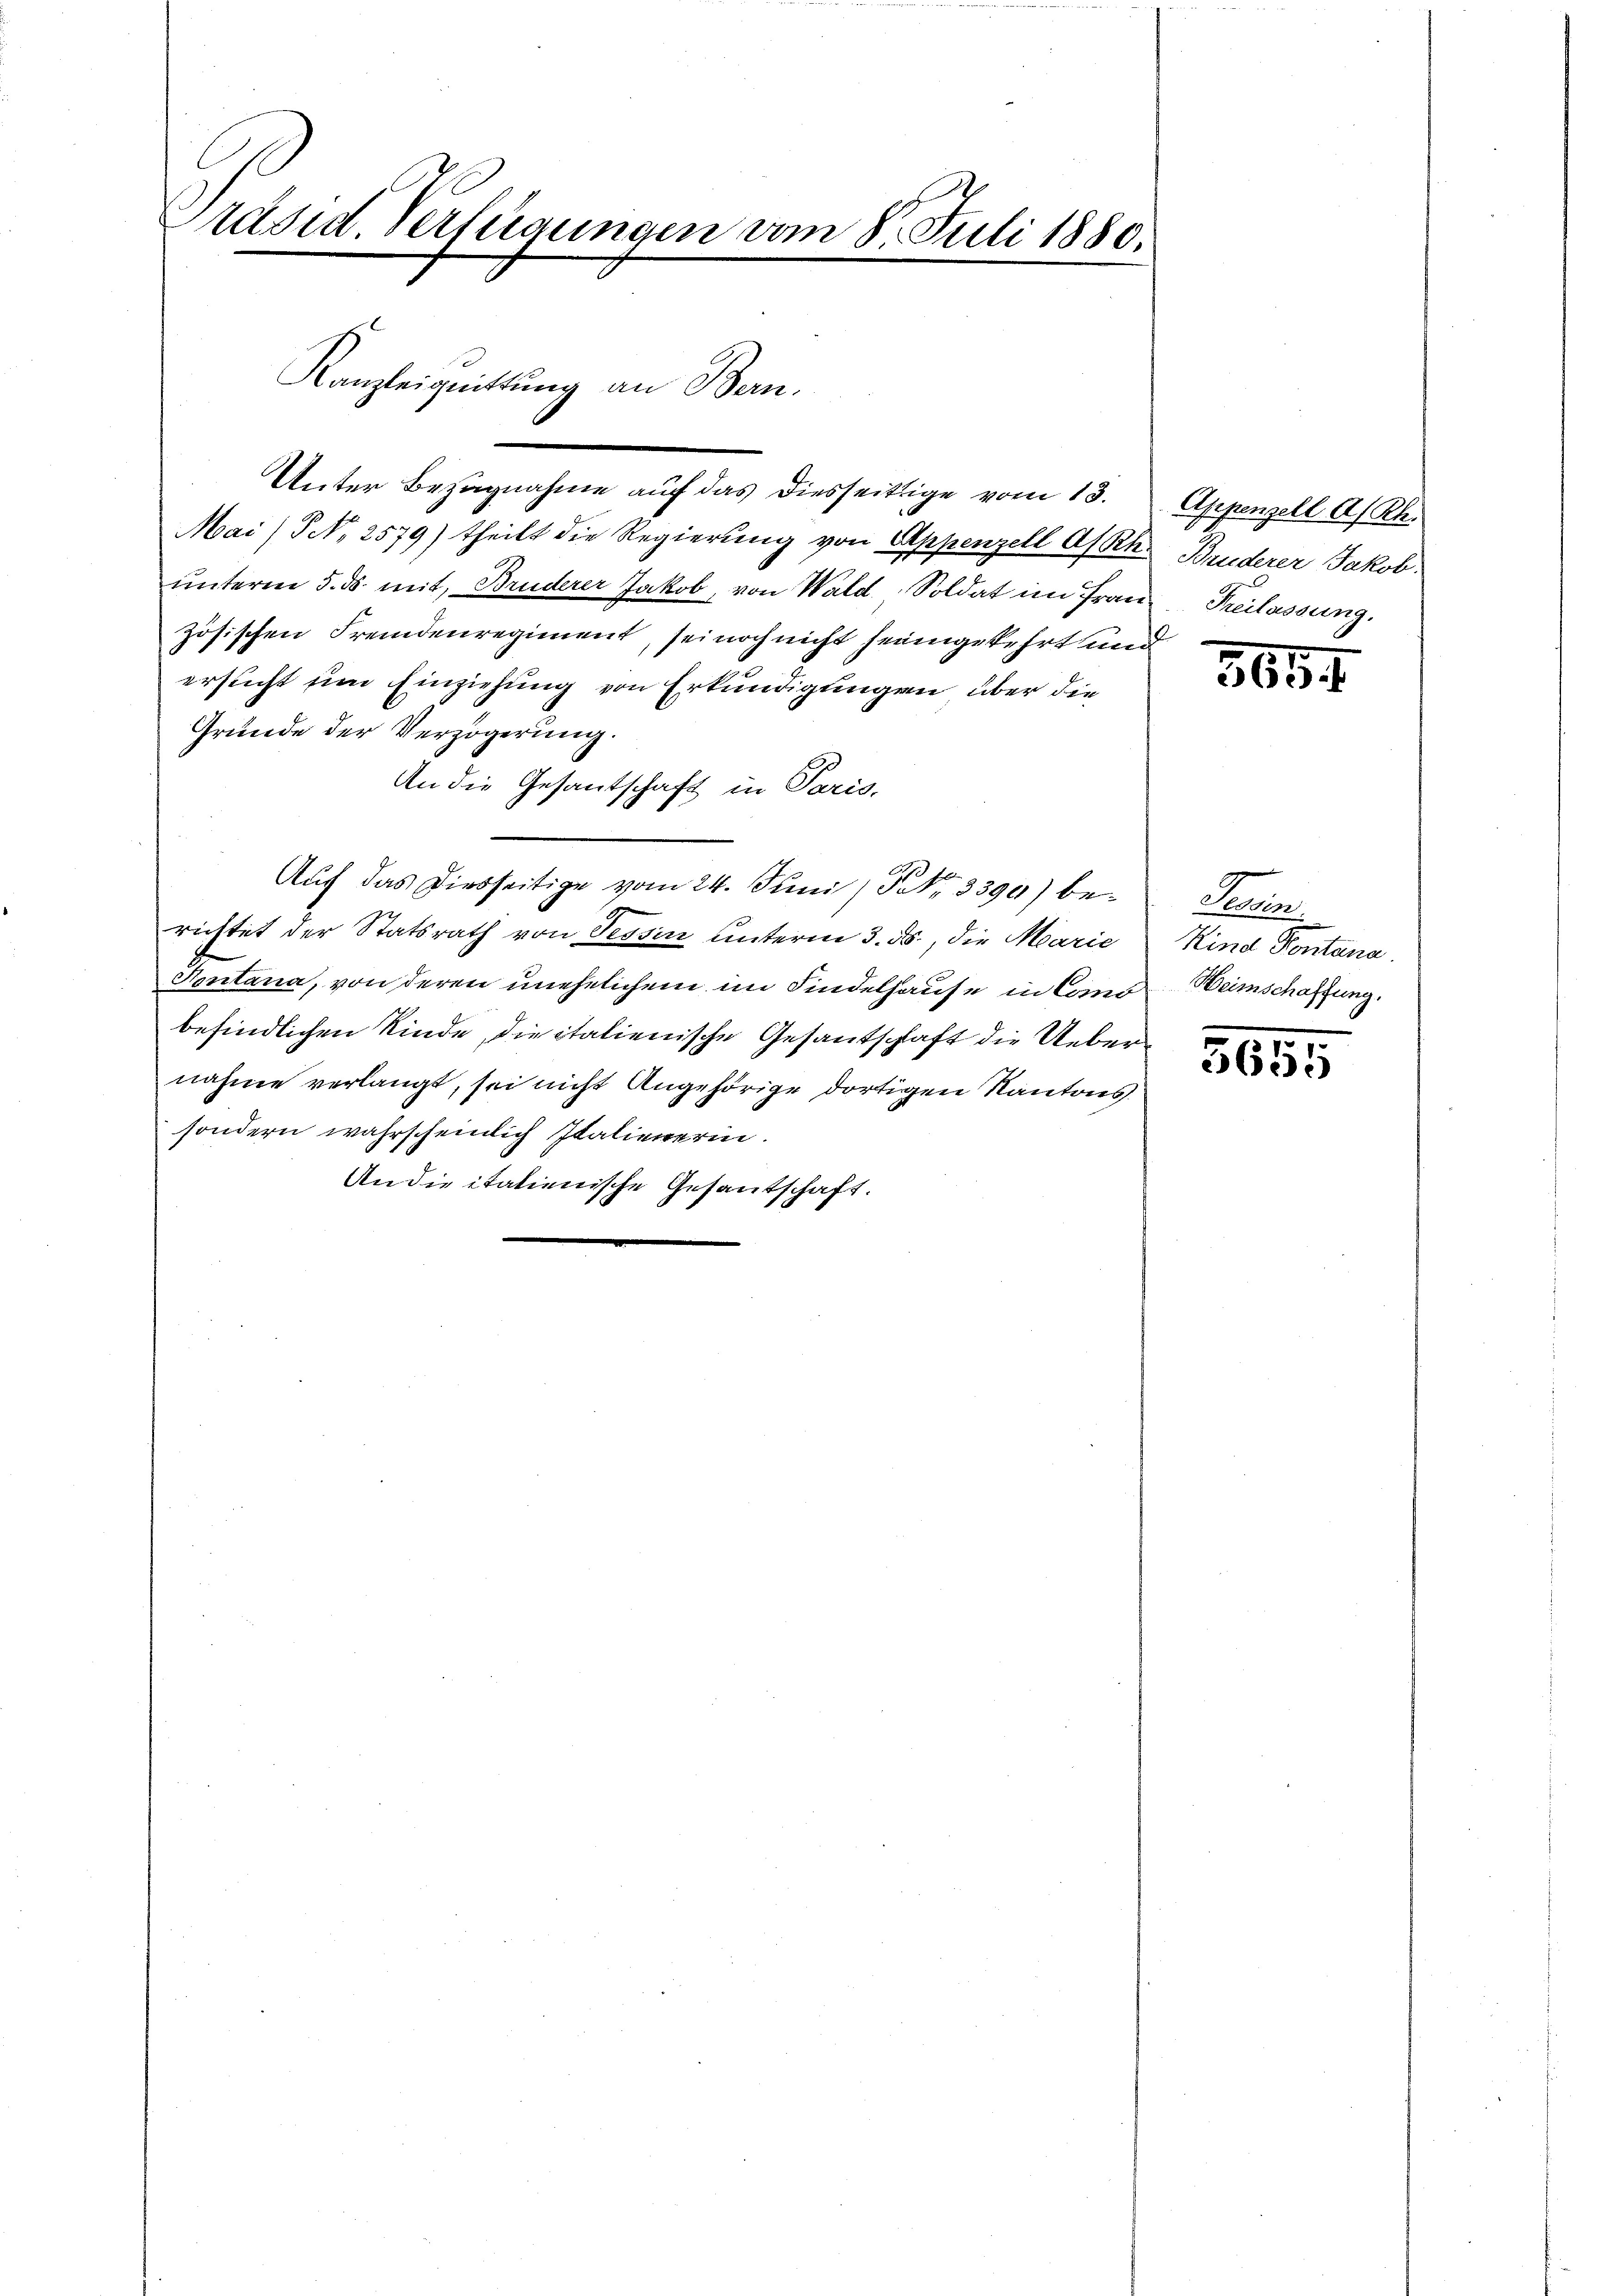
Pasie Verfügungen vom 8. Juli 1880.

Kanzleiguittung an Bern.

Unter Bezugnahme auf das diesseitige vom 13.
Mai/NNo. 2579) theilt die Regierung von Appenzell A/Rh.
unterm 5. ds. mit, Bruderer Jakob, von Wald, Soldat im Französischen Fremdenregiment, sei noch nicht heimgekehrt und
ersucht ein Einziehung von Erkundigungen über die
Grunde der Verzögerung.
An die Gesantschaft in Paris.
Auf das Diebseitige vom 24. Juni / NNo. 3390) berichtet der Statsrath von Tessin unterm 3. ds., die Marie
Fontana, von deren unehelichem im Kindelhause in Cons
befindlichen Kinde, die italienische Gesantschaft die Uebernahme verlangt, sei nicht Angehörige dortigen Kantons
sondern wahrscheinlich Italienerin.
An die italienische Gesantschaft.

Appenzell A/Rh.
Bruderer Jakob.
Freilassung.

5654

Seine
Kind Pontana
Heimschaffung.

5655